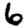
Digit: 6